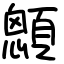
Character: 顖